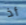
أذ